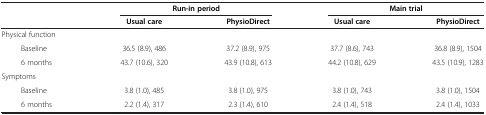
<table><thead><tr><td rowspan="2"><b> </b></td><td colspan="2"><b>Run-in period</b></td><td colspan="2"><b>Main trial</b></td></tr><tr><td><b>Usual care</b></td><td><b>PhysioDirect</b></td><td><b>Usual care</b></td><td><b>PhysioDirect</b></td></tr></thead><tbody><tr><td colspan="5">Physical function</td></tr><tr><td>Baseline</td><td>36.5 (8.9), 486</td><td>37.2 (8.9), 975</td><td>37.7 (8.6), 743</td><td>36.8 (8.9), 1504</td></tr><tr><td>6 months</td><td>43.7 (10.6), 320</td><td>43.9 (10.8), 613</td><td>44.2 (10.8), 629</td><td>43.5 (10.9), 1283</td></tr><tr><td colspan="5">Symptoms</td></tr><tr><td>Baseline</td><td>3.8 (1.0), 485</td><td>3.8 (1.0), 975</td><td>3.8 (1.0), 743</td><td>3.8 (1.0), 1504</td></tr><tr><td>6 months</td><td>2.2 (1.4), 317</td><td>2.3 (1.4), 610</td><td>2.4 (1.4), 518</td><td>2.4 (1.4), 1033</td></tr></tbody></table>